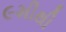
૯મીથી